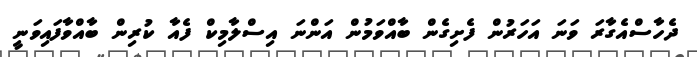
ދެހާސްއެގާރަ ވަނަ އަހަރުން ފެށިގެން ބާއްވަމުން އަންނަ އިސްލާމިކް ފެއާ ކުރިން ބާއްވާފައިވަނީ